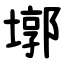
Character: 墎